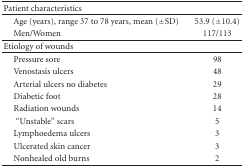
<table><thead><tr><td><b>Patient characteristics</b></td><td></td></tr></thead><tbody><tr><td> Age (years), range 37 to 78 years, mean (±SD)</td><td>53.9 (±10.4)</td></tr><tr><td> Men/Women</td><td>117/113</td></tr><tr><td>Etiology of wounds</td><td></td></tr><tr><td> Pressure sore</td><td>98</td></tr><tr><td> Venostasis ulcers</td><td>48</td></tr><tr><td> Arterial ulcers no diabetes</td><td>29</td></tr><tr><td> Diabetic foot</td><td>28</td></tr><tr><td> Radiation wounds</td><td>14</td></tr><tr><td>“Unstable” scars</td><td>5</td></tr><tr><td> Lymphoedema ulcers</td><td>3</td></tr><tr><td> Ulcerated skin cancer</td><td>3</td></tr><tr><td> Nonhealed old burns</td><td>2</td></tr></tbody></table>